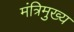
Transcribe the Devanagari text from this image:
मंत्रिमुख्य